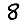
Digit: 8